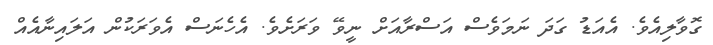
ގޮވާލިއެވެ. އެއަޑު ގަދަ ނަމަވެސް އަސްރާއަށް ނީވޭ ވަރަށެވެ. އެހެނަސް އެވަރަކުން އަލައިނާއެއް